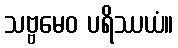
သဗ္ဗမေဝ ပရိဿယံ။